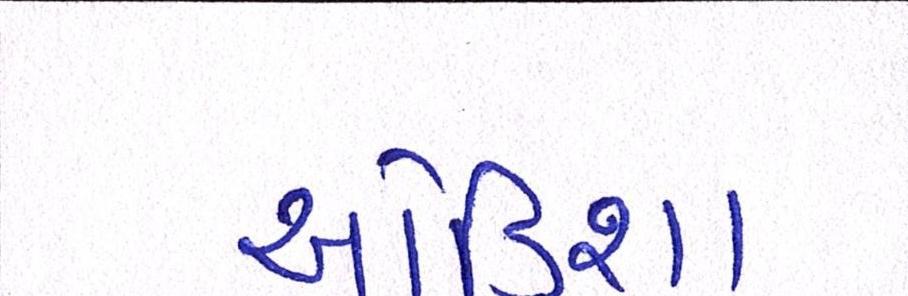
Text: ઓડિશા